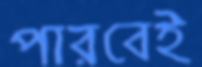
পারবেই